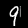
Digit: 9